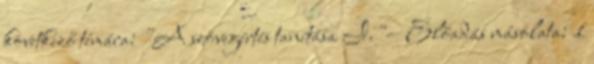
következő témára: "A szövegértés tanítása I."— Előadás másolata: 1